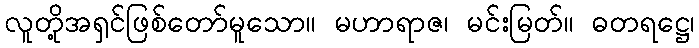
လူတို့အရှင်ဖြစ်တော်မူသော။ မဟာရာဇ၊ မင်းမြတ်။ ဓတရဋ္ဌေ၊